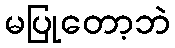
မပြုတော့ဘဲ